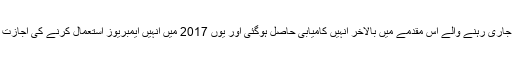
تین سال جاری رہنے والے اس مقدمے میں بالآخر انہیں کامیابی حاصل ہوگئی اور یوں 2017 میں انہیں ایمبریوز استعمال کرنے کی اجازت مل گئی۔